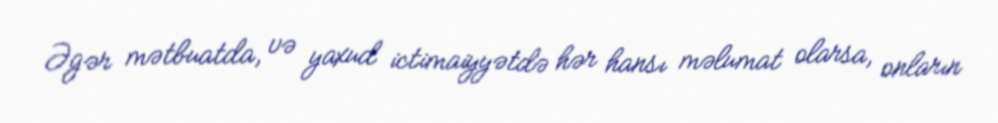
Əgər mətbuatda, və yaxud ictimaiyyətdə hər hansı məlumat olarsa, onların